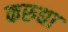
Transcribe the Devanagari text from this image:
करुद्या